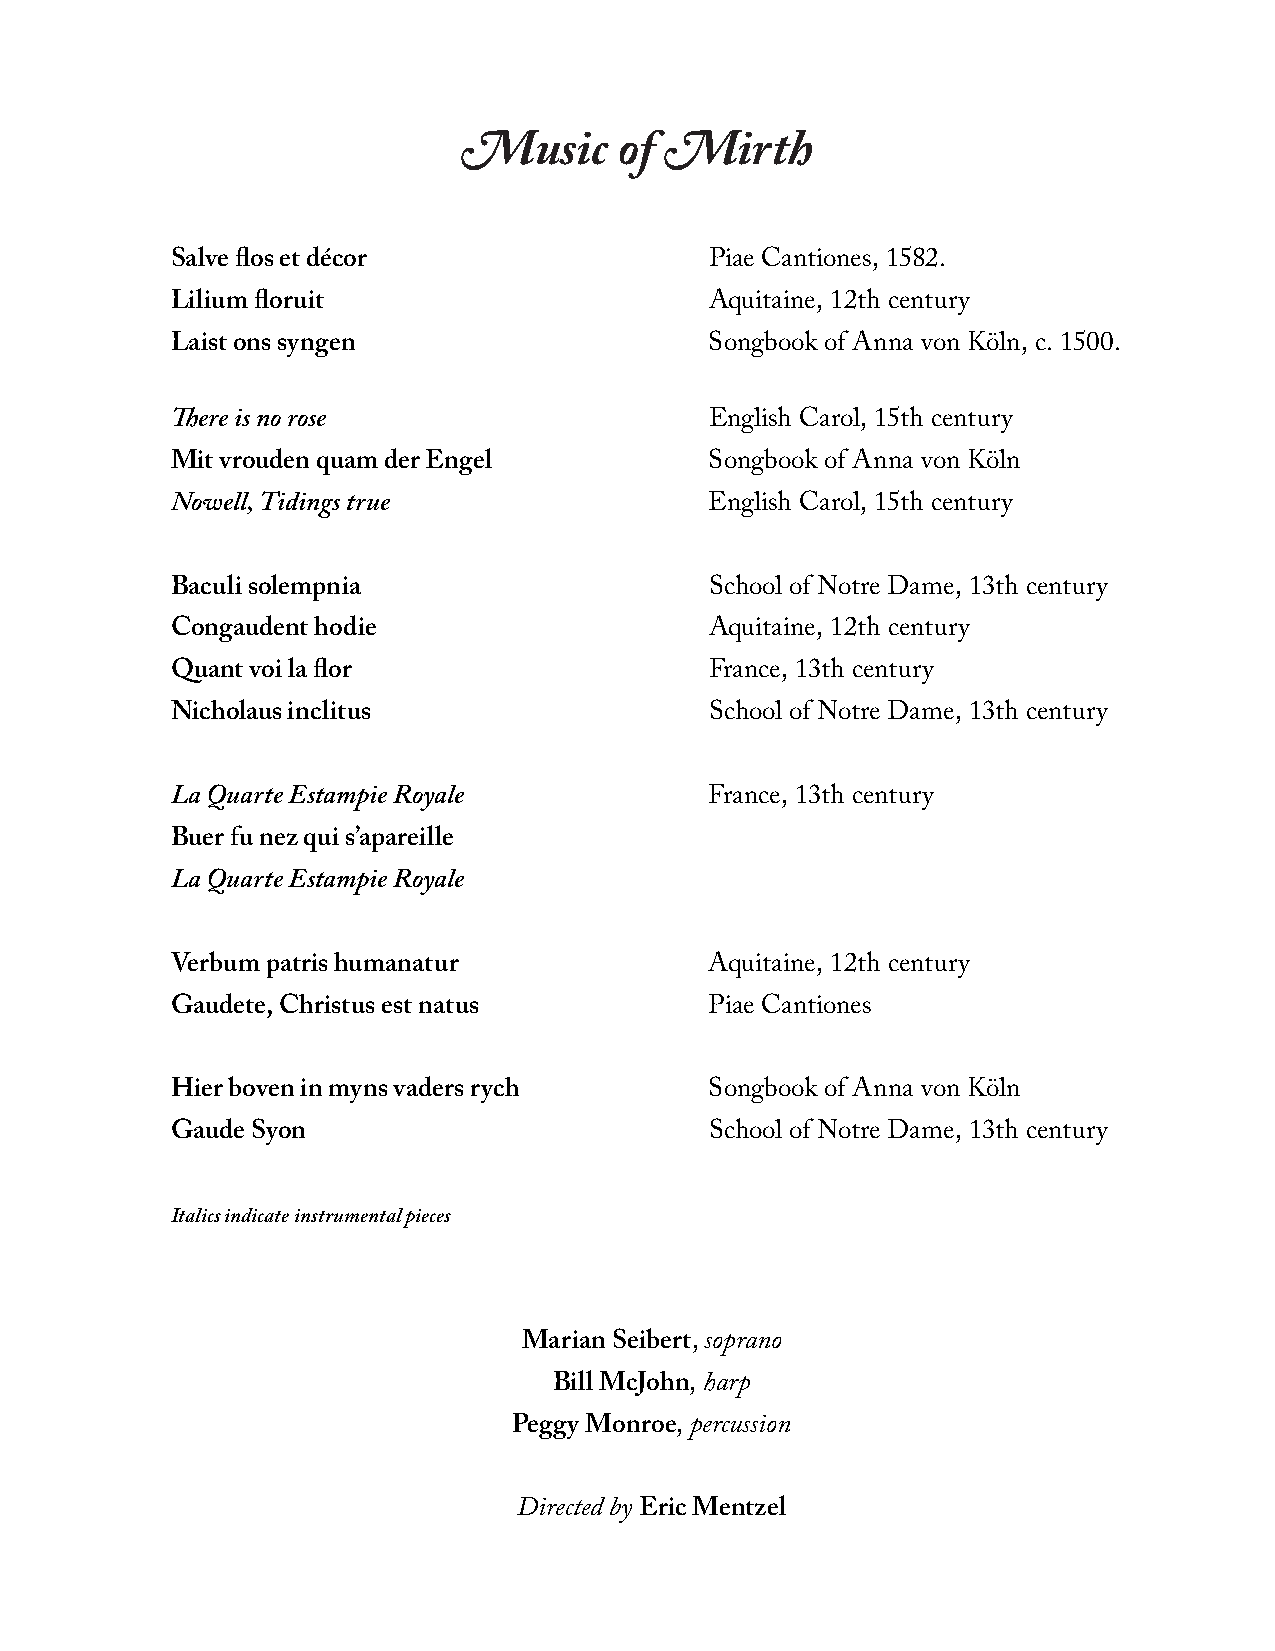
M            M
 usic  of      irth
 Salve flos et décor                 Piae Cantiones, 1582.
 Lilium floruit                      Aquitaine, 12th century
 Laist ons syngen                    Songbook of Anna von Köln, c. 1500.
 There is no rose                    English Carol, 15th century
 Mit vrouden quam der Engel          Songbook of Anna von Köln
 Nowell, Tidings true                English Carol, 15th century
 Baculi solempnia                    School of Notre Dame, 13th century
 Congaudent hodie                    Aquitaine, 12th century
 Quant voi la flor                   France, 13th century
 Nicholaus inclitus                  School of Notre Dame, 13th century
 La Quarte Estampie Royale           France, 13th century
 Buer fu nez qui s’apareille
 La Quarte Estampie Royale
 Verbum patris humanatur             Aquitaine, 12th century
 Gaudete, Christus est natus         Piae Cantiones
 Hier boven in myns vaders rych      Songbook of Anna von Köln
 Gaude Syon                          School of Notre Dame, 13th century
 Italics indicate instrumental pieces
 Marian Seibert, soprano
 Bill McJohn, harp
 Peggy Monroe, percussion
 Directed by Eric Mentzel